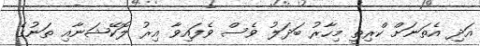
އަދި އެތަނަށް ކްރިތީ މިހާރު ބަދަލު ވެސް ވެފައިވާ އިރު ލޮކޭޝަނާއި ތަނުގެ